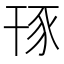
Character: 𧰪